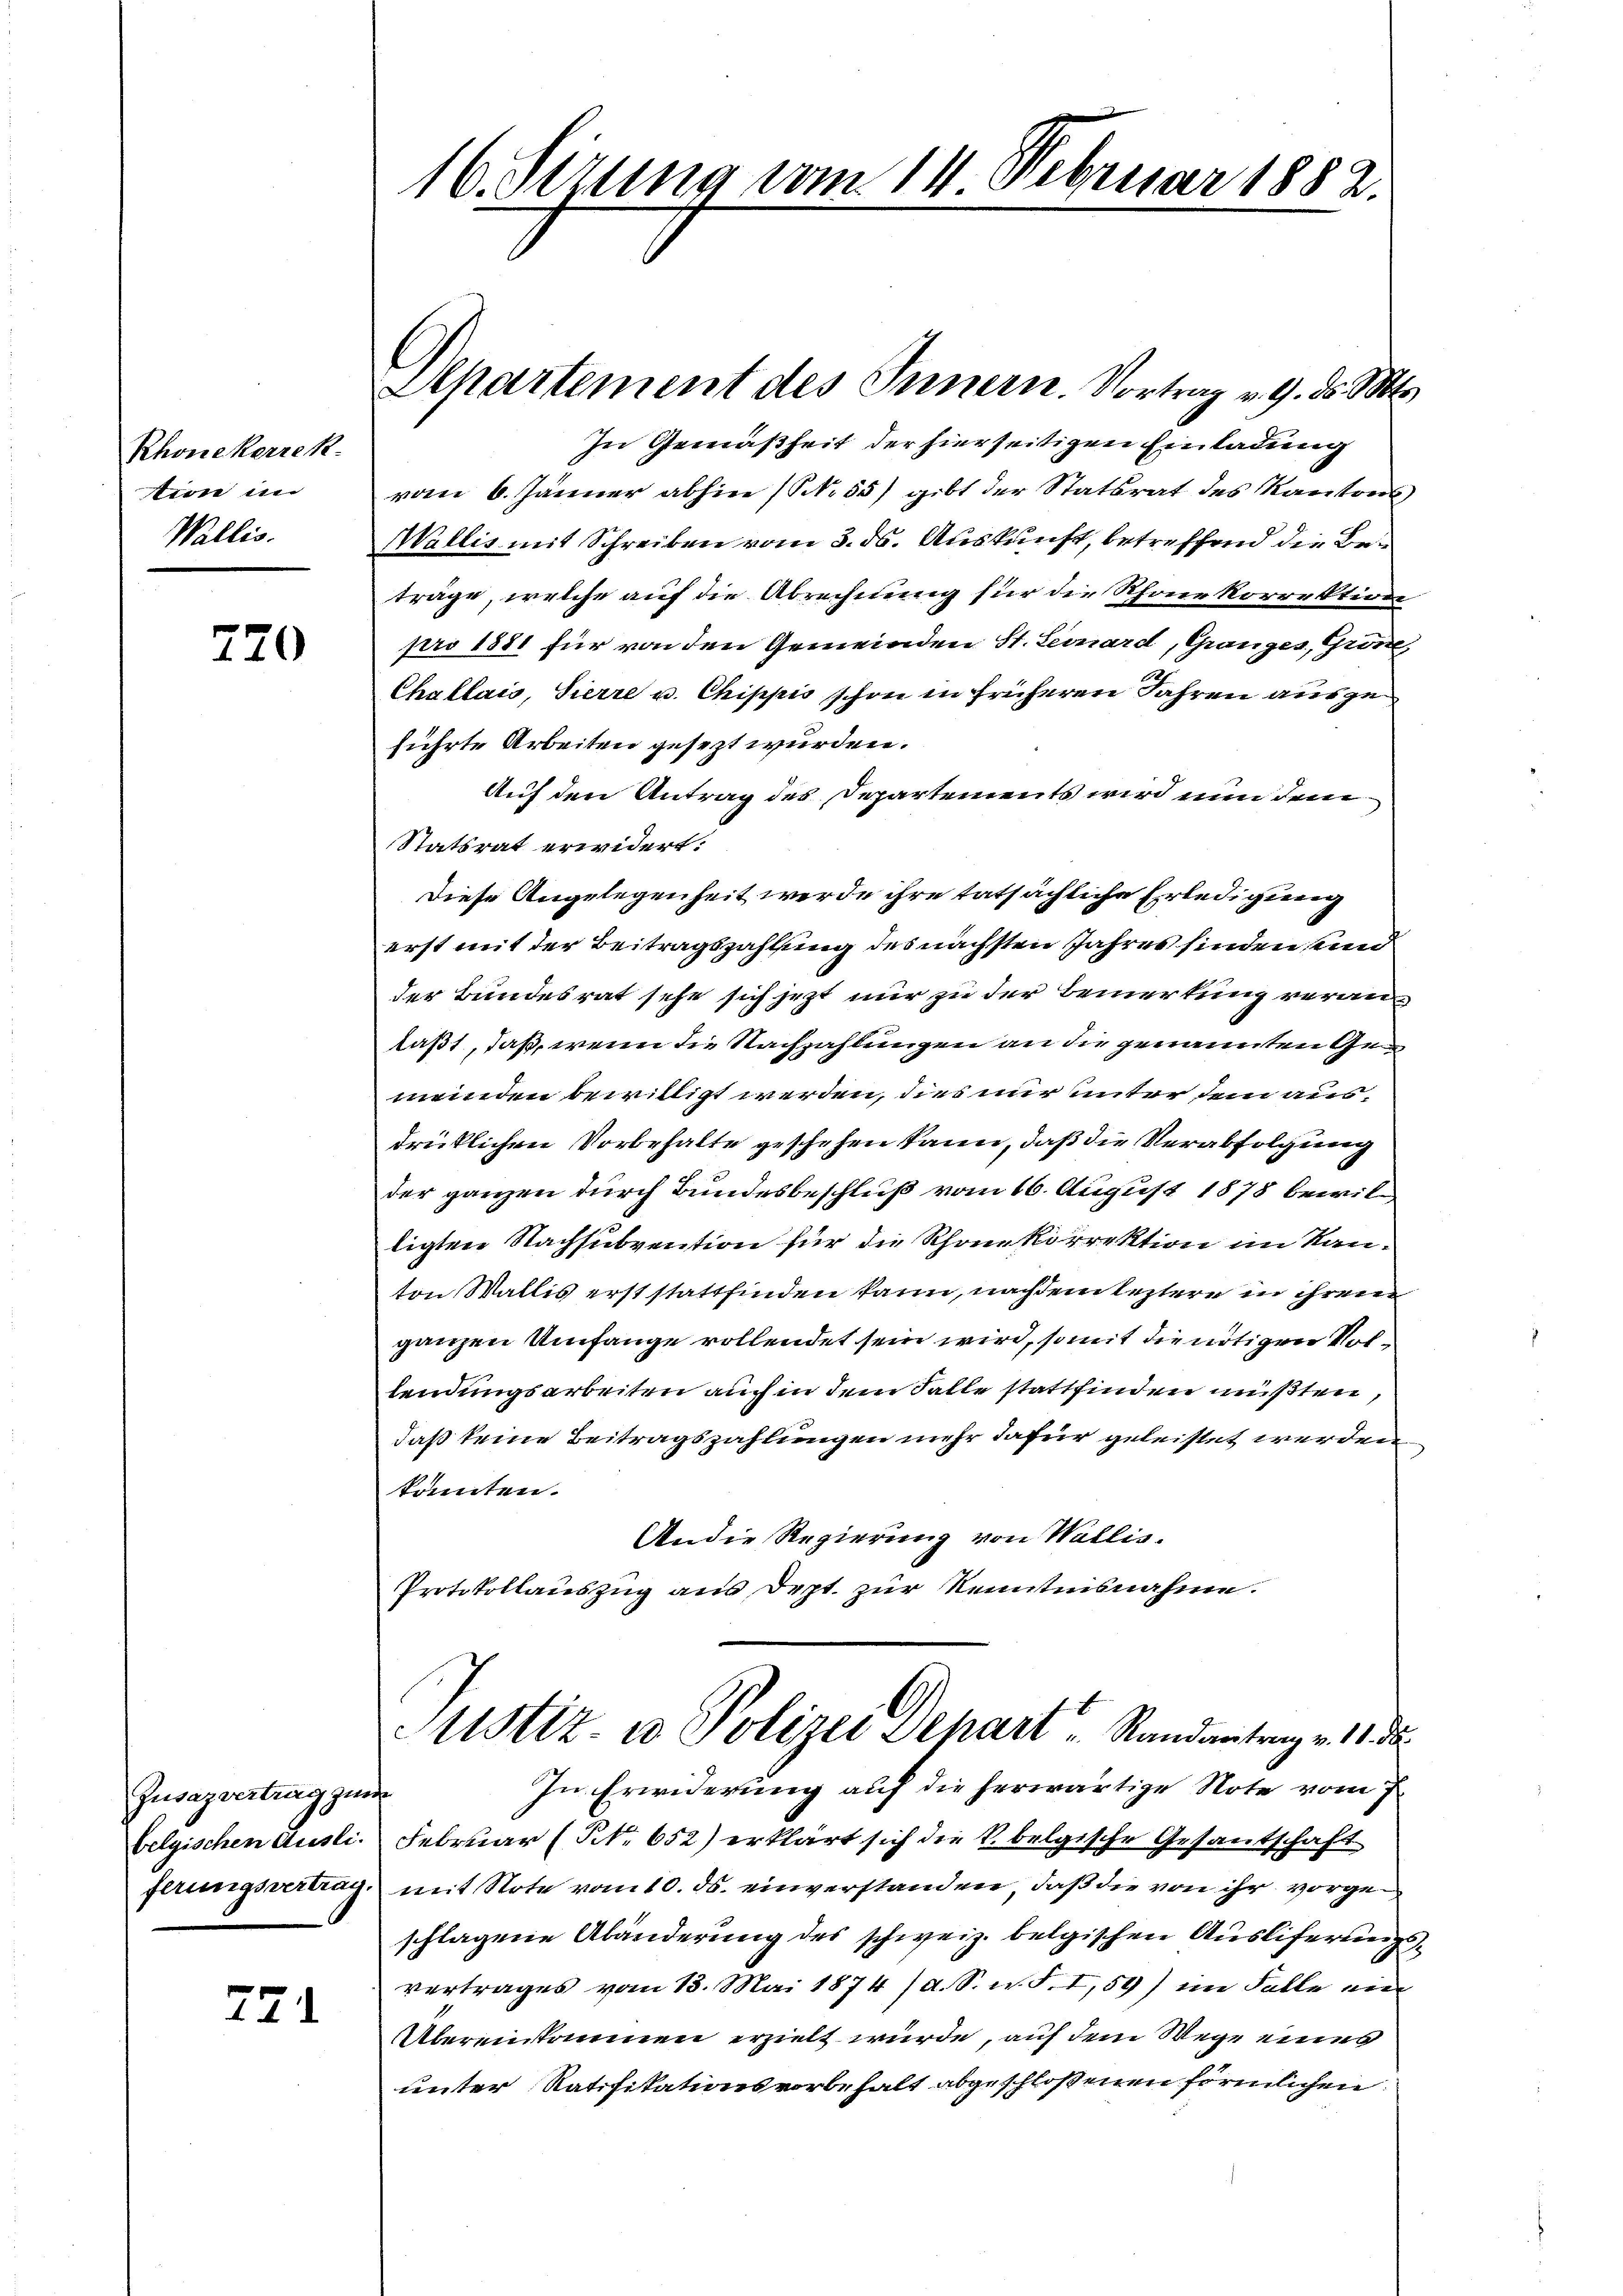
Rhone korrek
tien in
Wallis.

720

Jusazvertrag zur
belgischen Ausli.

27

16. Sezung vom 14. Februar 1882.

Aepartement des Innern. Vortrag v. 9. ds. Mts.
In Gemäßheit der hierseitigen Einladung
vom 6. Jänner abhin (S. 55) gibt der Statsrat des Kantons
Wallis mit Schreiben vom 3. ds. Auskunft, betreffend die Beträge, welche auf die Abrechnung für die Rhone korrektion
pro 1881 für von den Gemeinden St. Leonard, Granges, Grön
Challais, Pierre u. Chippis schon in früheren Jahren auszuführte Arbeiten gesezt wurden.
Auf den Antrag des Departements wird nun dem
Statsrat erwidert.
Diese Angelegenheit werde ihre tatsächliche Erledigung
erst mit der Beitragszahlung des nächsten Jahres finden, und
der Bundesrat sehe sich jezt nur zu der Bemerkung veranlaßt, daß, wenn die Nachzahlungen an die genannten Gemeinden bewilligt werden, dies nur unter dem ausdrüklichen Vorbehalte geschehen kann, daß die Verabfolgung
der ganzen durch Bundesbeschluß vom 16. August 1878 bewilligten Nachsubvention für die Rhone korrektion im Kanton Wallis erst stattfinden kann, nachdem leztere in ihrem
ganzen Umfange vollendet sein wird, so mit die nötigen Vollendungsarbeiten auch in dem Falle stattfinden müßten,
daß keine Beitragszahlungen mehr dafür geleistet werden.
konnten.
Andie Regierung von Wallis.
Protokollauszug aus Dept. zur Kenntnisnahme.
Sistiz in Polizei Depart Randantrag v. 18. d.
In Erwiderung auf die herwärtige Note vom 7.
Februar (NNo. 652) erklärt sich die k. belgische Gesantschaft
ferungsvertrag, mit Note vom 10. ds. einverstanden, daß die von ihr vorgeschlagene Abänderung des schweiz. belgischen Ausliferung,
vertrages vom 13. Mai 1874 /d. S. w. S. I, 59) im Falle ein
Übereinkommen erzielt wurde, auf dem Wege eines
unter Ratifikationsvorbehalt abgeschlossenen förmlichen